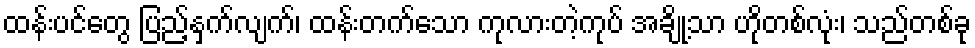
ထန်းပင်တွေ ပြည့်နှက်လျက်၊ ထန်းတက်သော ကုလားတဲ့ကုပ် အချို့သာ ဟိုတစ်လုံး၊ သည်တစ်ခု